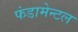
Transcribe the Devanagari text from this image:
फंडामेन्टल